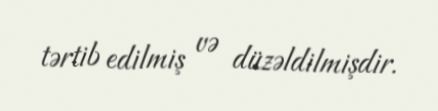
tərtib edilmiş və düzəldilmişdir.